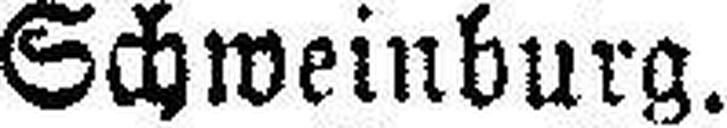
Schweinburg.